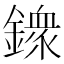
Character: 𨬹